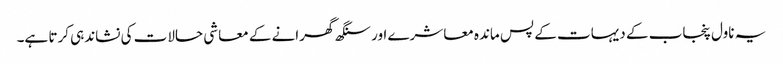
یہ ناول پنجاب کے دیہات کے پس ماندہ معاشرے اور سنگھ گھرانے کے معاشی حالات کی نشاندہی کرتا ہے۔